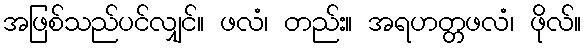
အဖြစ်သည်ပင်လျှင်။ ဖလံ၊ တည်း။ အရဟတ္တဖလံ၊ ဖိုလ်။